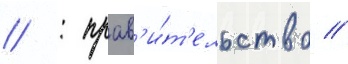
// : прав'и́т'ельство //